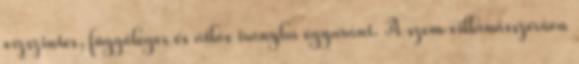
vízszintes, függőleges és átlós irányba egyaránt. A szem villanásszerűen